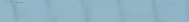
قاعة حفلات فخمة لتأجير ال